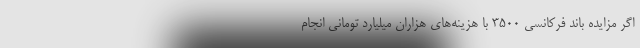
اگر مزایده باند فرکانسی 3500 با هزینه‌های هزاران میلیارد تومانی انجام